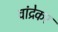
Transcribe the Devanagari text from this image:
वांद्रेकर